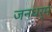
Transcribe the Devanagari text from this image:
जनधर्म